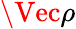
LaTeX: \Vec{\rho}